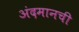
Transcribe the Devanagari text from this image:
अंदमानची